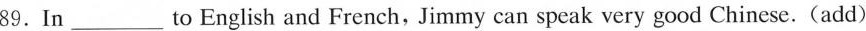
89.In ___ to English and French, Jimmy can speak very good Chinese.(add)